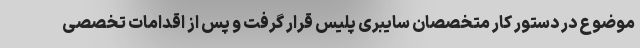
موضوع در دستور کار متخصصان سایبری پلیس قرار گرفت و پس از اقدامات تخصصی